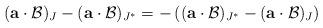
LaTeX: \begin{align*} ( \mathbf{a} \cdot \mathcal{B})_{J} - ( \mathbf{a} \cdot \mathcal{B})_{J^{*}} = - \left( ( \mathbf{a} \cdot \mathcal{B})_{J^{*}} - ( \mathbf{a} \cdot \mathcal{B})_{J} \right) \end{align*}